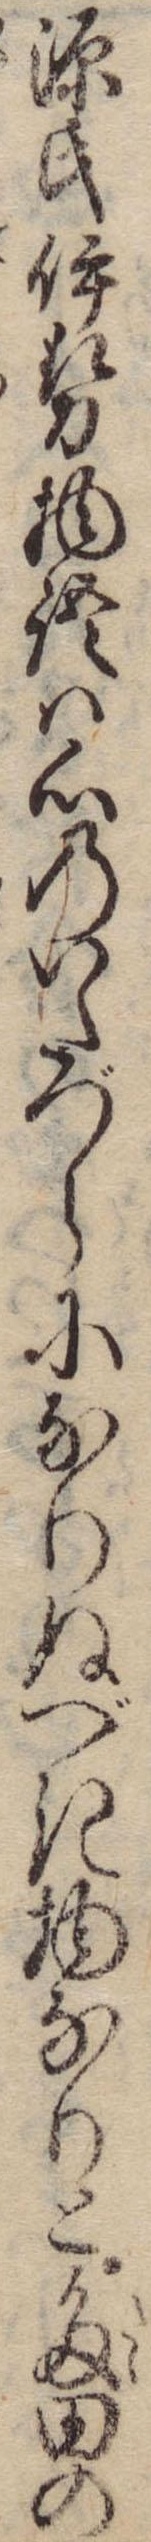
源氏伊勢物語は心のいたづらになりぬべき物なりと多田の